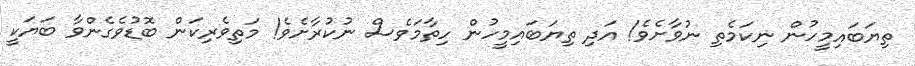
ތިޔަބައިމީހުން ނިކަމެތި ނުވާށެވެ! އަދި ތިޔަބައިމީހުން ހިތާމަވެސް ނުކުރާށެވެ! މަތިވެރިކަން ބޮޑުވެގެންވާ ބަޔަކީ